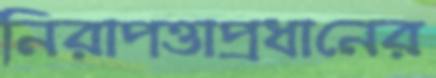
নিরাপত্তাপ্রধানের